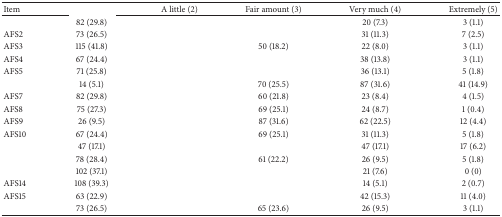
<table><thead><tr><td><b>Item</b></td><td>[EMPTY_CELL]</td><td><b>A little (2)</b></td><td><b>Fair amount (3)</b></td><td><b>Very much (4)</b></td><td><b>Extremely (5)</b></td></tr></thead><tbody><tr><td>[EMPTY_CELL]</td><td>82 (29.8)</td><td>[EMPTY_CELL]</td><td>[EMPTY_CELL]</td><td>20 (7.3)</td><td>3 (1.1)</td></tr><tr><td>AFS2</td><td>73 (26.5)</td><td>[EMPTY_CELL]</td><td>[EMPTY_CELL]</td><td>31 (11.3)</td><td>7 (2.5)</td></tr><tr><td>AFS3</td><td>115 (41.8)</td><td>[EMPTY_CELL]</td><td>50 (18.2)</td><td>22 (8.0)</td><td>3 (1.1)</td></tr><tr><td>AFS4</td><td>67 (24.4)</td><td>[EMPTY_CELL]</td><td>[EMPTY_CELL]</td><td>38 (13.8)</td><td>3 (1.1)</td></tr><tr><td>AFS5</td><td>71 (25.8)</td><td>[EMPTY_CELL]</td><td>[EMPTY_CELL]</td><td>36 (13.1)</td><td>5 (1.8)</td></tr><tr><td>[EMPTY_CELL]</td><td>14 (5.1)</td><td>[EMPTY_CELL]</td><td>70 (25.5)</td><td>87 (31.6)</td><td>41 (14.9)</td></tr><tr><td>AFS7</td><td>82 (29.8)</td><td>[EMPTY_CELL]</td><td>60 (21.8)</td><td>23 (8.4)</td><td>4 (1.5)</td></tr><tr><td>AFS8</td><td>75 (27.3)</td><td>[EMPTY_CELL]</td><td>69 (25.1)</td><td>24 (8.7)</td><td>1 (0.4)</td></tr><tr><td>AFS9</td><td>26 (9.5)</td><td>[EMPTY_CELL]</td><td>87 (31.6)</td><td>62 (22.5)</td><td>12 (4.4)</td></tr><tr><td>AFS10</td><td>67 (24.4)</td><td>[EMPTY_CELL]</td><td>69 (25.1)</td><td>31 (11.3)</td><td>5 (1.8)</td></tr><tr><td>[EMPTY_CELL]</td><td>47 (17.1)</td><td>[EMPTY_CELL]</td><td>[EMPTY_CELL]</td><td>47 (17.1)</td><td>17 (6.2)</td></tr><tr><td>[EMPTY_CELL]</td><td>78 (28.4)</td><td>[EMPTY_CELL]</td><td>61 (22.2)</td><td>26 (9.5)</td><td>5 (1.8)</td></tr><tr><td>[EMPTY_CELL]</td><td>102 (37.1)</td><td>[EMPTY_CELL]</td><td>[EMPTY_CELL]</td><td>21 (7.6)</td><td>0 (0)</td></tr><tr><td>AFS14</td><td> 108 (39.3)</td><td>[EMPTY_CELL]</td><td>[EMPTY_CELL]</td><td> 14 (5.1)</td><td> 2 (0.7)</td></tr><tr><td>AFS15</td><td> 63 (22.9)</td><td>[EMPTY_CELL]</td><td>[EMPTY_CELL]</td><td>42 (15.3)</td><td>11 (4.0)</td></tr><tr><td>[EMPTY_CELL]</td><td> 73 (26.5)</td><td>[EMPTY_CELL]</td><td> 65 (23.6)</td><td>26 (9.5)</td><td>3 (1.1)</td></tr></tbody></table>